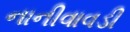
નાનીવાવડી